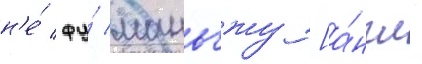
н'е́ фу́ маньчжу [а́нгл.